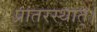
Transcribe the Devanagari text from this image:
प्रातरस्थात्।